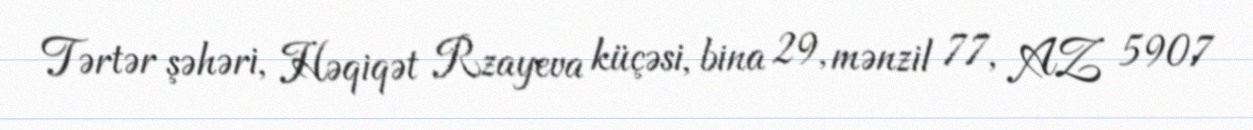
Tərtər şəhəri, Həqiqət Rzayeva küçəsi, bina 29, mənzil 77, AZ 5907